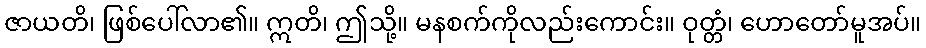
ဇာယတိ၊ ဖြစ်ပေါ်လာ၏။ ဣတိ၊ ဤသို့။ မနစက်ကိုလည်းကောင်း။ ဝုတ္တံ၊ ဟောတော်မူအပ်။